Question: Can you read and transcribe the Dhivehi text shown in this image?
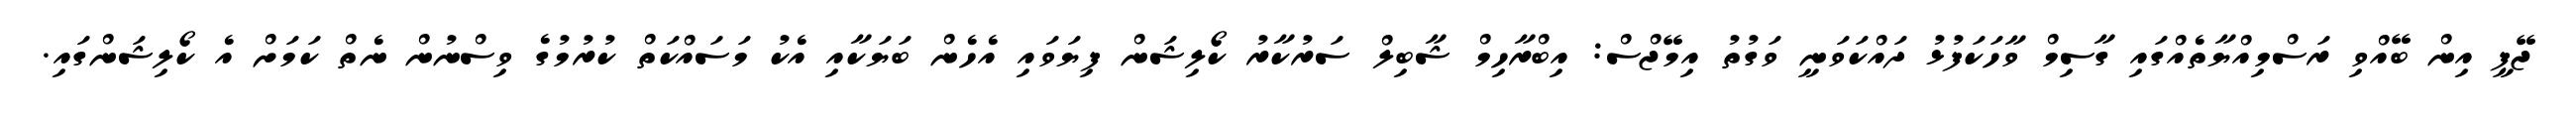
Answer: ޖޭޕީ އިން ބޭއްވި ރަސްމިއްޔާތެއްގައި ގާސިމް ވާހަކަފުޅު ދައްކަވަނީ ވަގުތު އިމޭޖްސް: އިބްރާހިމް ޝާބިލް ސަރުކާރު ކޯލިޝަން ފިޔަވައި އެހެން ބަޔަކާއި އެކު މަސައްކަތް ކުރުމުގެ ވިސްނުން ނެތް ކަމަށް އެ ކޯލިޝަންގައި.